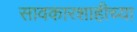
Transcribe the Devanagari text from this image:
सावकारशाहीच्या